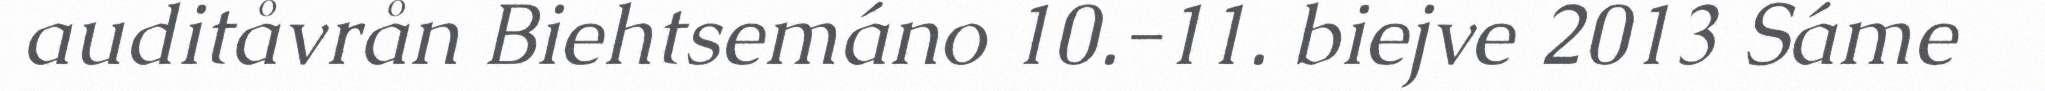
auditåvrån Biehtsemáno 10.-11. biejve 2013 Sáme